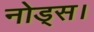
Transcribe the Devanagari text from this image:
नोड्स।